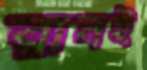
রানই